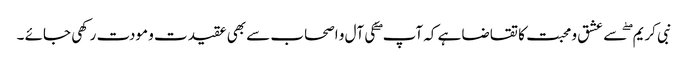
نبی کریم ۖ سے عشق و محبت کا تقاضا ہے کہ آپ ۖ کی آل و اصحاب سے بھی عقیدت و مودت رکھی جائے ۔